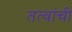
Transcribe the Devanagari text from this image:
तत्वांची